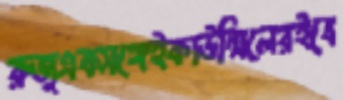
রুজুএকসঙ্গেইকাউন্সিলেরইবে